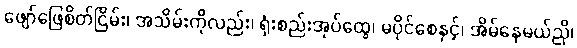
ဖျော်ဖြေစိတ်ငြိမ်း၊ အသိမ်းကိုလည်း၊ ရုံးစည်းအုပ်ထွေ၊ မပိုင်စေနှင့်၊ အိမ်နေမယ်ညို၊